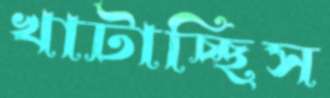
খাটাচ্ছিস